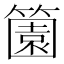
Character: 𬕶